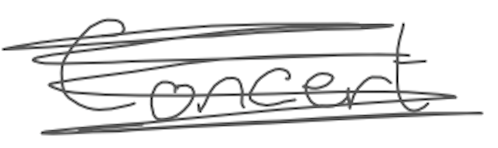
Text: Concert
Cross-out: scratch
Writing tool: digital_gray